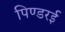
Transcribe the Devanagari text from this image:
पिण्डरई